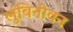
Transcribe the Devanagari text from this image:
लुंबिनीवन